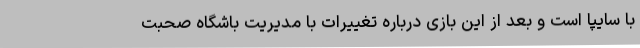
با سایپا است و بعد از این بازی درباره تغییرات با مدیریت باشگاه صحبت